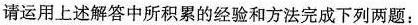
请运用上述解答中所积累的经验和方法完成下列两题：